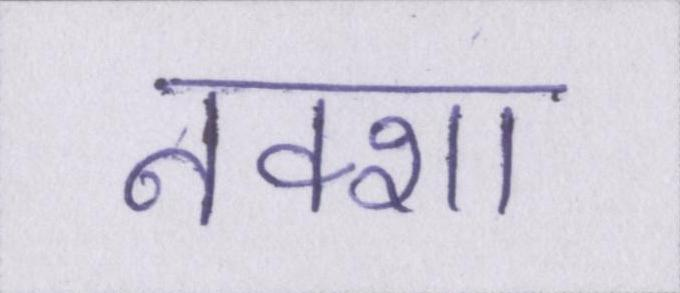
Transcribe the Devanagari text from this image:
नक्शा